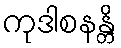
ကုဒါစနန္တိ